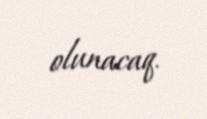
olunacaq.